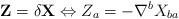
LaTeX: \begin{align*}\mathbf{Z}=\delta\mathbf{X} \Leftrightarrow Z_{a} = - \nabla^{b} X_{ba}\end{align*}